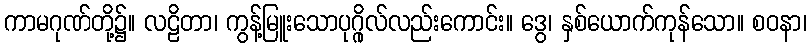
ကာမဂုဏ်တို့၌။ လဠိတာ၊ ကွန့်မြူးသောပုဂ္ဂိုလ်လည်းကောင်း။ ဒွေ၊ နှစ်ယောက်ကုန်သော။ စဝနာ၊